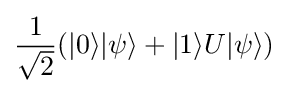
{\frac {1}{\sqrt {2}}}(|0\rangle |\psi \rangle +|1\rangle U|\psi \rangle )